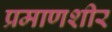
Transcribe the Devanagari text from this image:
प्रमाणशीर